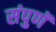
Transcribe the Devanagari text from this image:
संपुणॅ